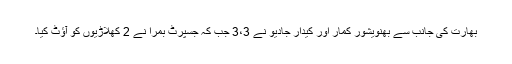
بھارت کی جانب سے بھنویشور کمار اور کیدار جادیو نے 3،3 جب کہ جسپرٹ بمرا نے 2 کھلاڑیوں کو آؤٹ کیا۔